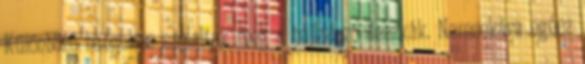
Különböző hangokon szólaltak meg a hajladozó deszkák. Nemsokára egész